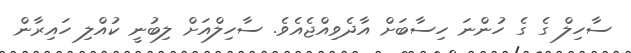
ސާހިލް ގެ ގެ ހުންނަ ހިސާބަށް އާދެވިއްޖެއެވެ. ސާހިލްއަށް ލިބުނީ ކުއްލި ހައިރާން